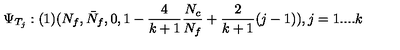
\Psi _ { T _ { j } } : ( 1 ) ( N _ { f } , \bar { N } _ { f } , 0 , 1 - \frac { 4 } { k + 1 } \frac { N _ { c } } { N _ { f } } + \frac { 2 } { k + 1 } ( j - 1 ) ) , j = 1 . . . . k